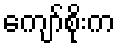
ကျော်စိုးက